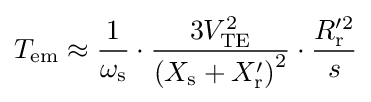
T_{\text{em}}\approx {\frac {1}{\omega _{\text{s}}}}\cdot {\frac {3V_{\text{TE}}^{2}}{\left(X_{\text{s}}+X_{\text{r}}'\right)^{2}}}\cdot {\frac {R_{\text{r}}^{\prime 2}}{s}}